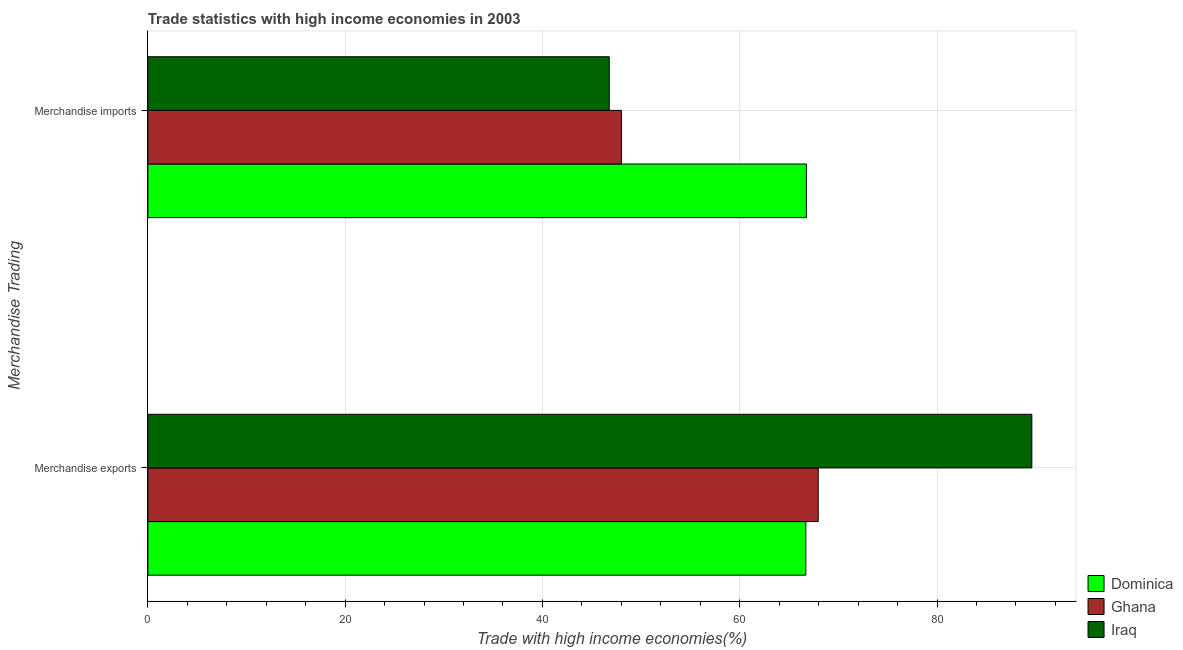
| Merchandise Trading | Dominica | Ghana | Iraq |
 | --- | --- | --- | --- |
 | Merchandise exports | 66.7 | 68 | 89.6 |
 | Merchandise imports | 66.8 | 48 | 46.8 |